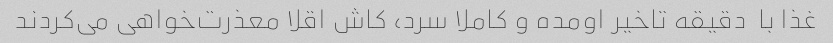
غذا با  دقیقه تاخیر اومده و کاملا سرد، کاش اقلا معذرت‌خواهی می‌کردند